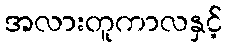
အလားတူကာလနှင့်